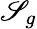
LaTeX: \mathscr{S}_{g}